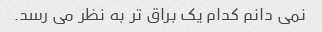
نمی دانم کدام یک براق تر به نظر می رسد.